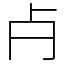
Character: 𣦵